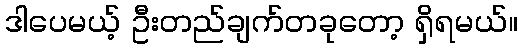
ဒါပေမယ့် ဦးတည်ချက်တခုတော့ ရှိရမယ်။